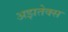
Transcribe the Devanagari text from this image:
अझतेक्स